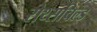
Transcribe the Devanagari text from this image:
रोथ्सचिल्ड